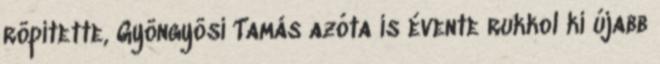
röpítette, Gyöngyösi Tamás azóta is évente rukkol ki újabb